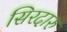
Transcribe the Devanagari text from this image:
सिरदारु